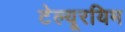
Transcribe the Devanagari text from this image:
टेल्यूरयिम